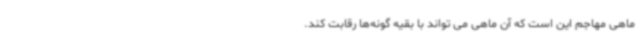
ماهی مهاجم این است که آن ماهی می تواند با بقیه گونه‌ها رقابت کند.